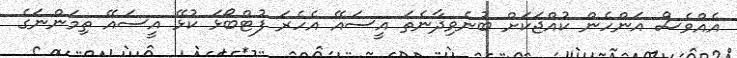
އެއްވެސް އަންހެން ކުއްޖަކަށް ބުނެވިދާނެތަ އީސައޭ އެހެރަ ފުޓްބޯޅަ ކުޅޭ އީސައޭ ތިމަންނަގެ